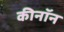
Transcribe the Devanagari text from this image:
कीनॉन